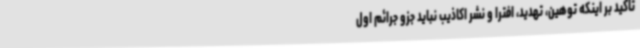
تاکید بر اینکه توهین، تهدید، افترا و نشر اکاذیب نباید جزو جرائم اول